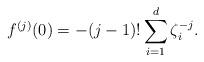
LaTeX: \begin{align*}f^{(j)}(0) = -(j-1)!\sum_{i=1}^d \zeta_i^{-j}.\end{align*}